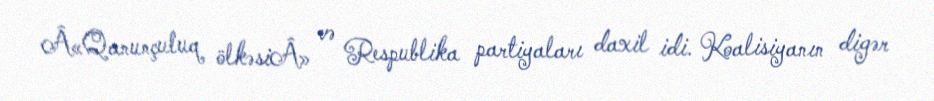
Â«Qanunçuluq ölkəsiÂ» və Respublika partiyaları daxil idi. Koalisiyanın digər